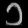
Digit: ၁